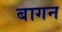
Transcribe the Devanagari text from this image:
बागन